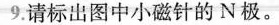
9.请标出图中小磁针的N极。